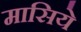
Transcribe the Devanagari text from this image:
मासिये